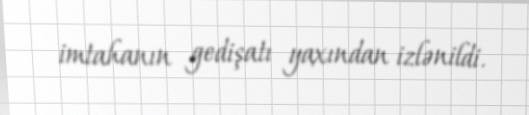
imtahanın gedişatı yaxından izlənildi.